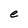
Character: e